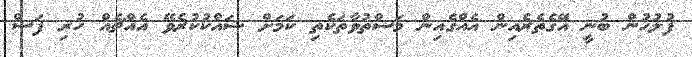
ފުލުހުން ބުނީ އޭގެތެރެއިން އެއްގެއިން މަސްތުވާތަކެތި ކަމަށް ޝައްކުކުރެވޭ އެއްޗެއް ހުރި ފަސް